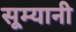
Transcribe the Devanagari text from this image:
सूम्‍यानी